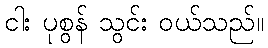
ငါး ပုစွန် သွင်း ဝယ်သည်။